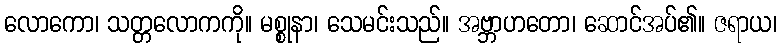
လောကော၊ သတ္တလောကကို။ မစ္စုနာ၊ သေမင်းသည်။ အဗ္ဘာဟတော၊ ဆောင်အပ်၏။ ဇရာယ၊